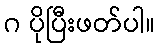
ဂ ပိုပြီးဖတ်ပါ။